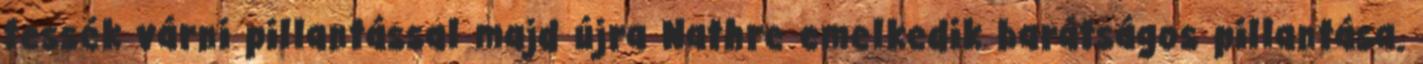
tessék várni pillantással majd újra Nathre emelkedik barátságos pillantása.